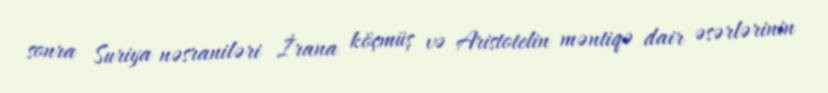
sonra Suriya nəsraniləri İrana köçmüş və Aristotelin məntiqə dair əsərlərinin